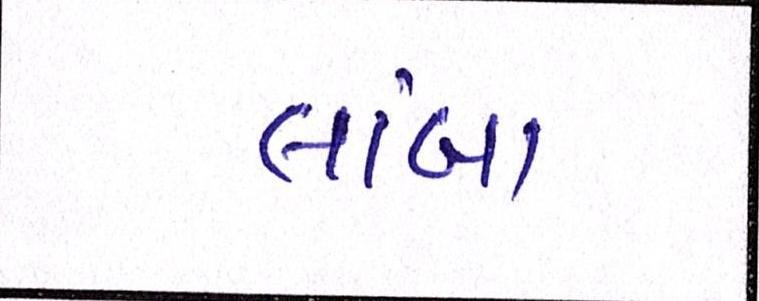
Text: લાંબા